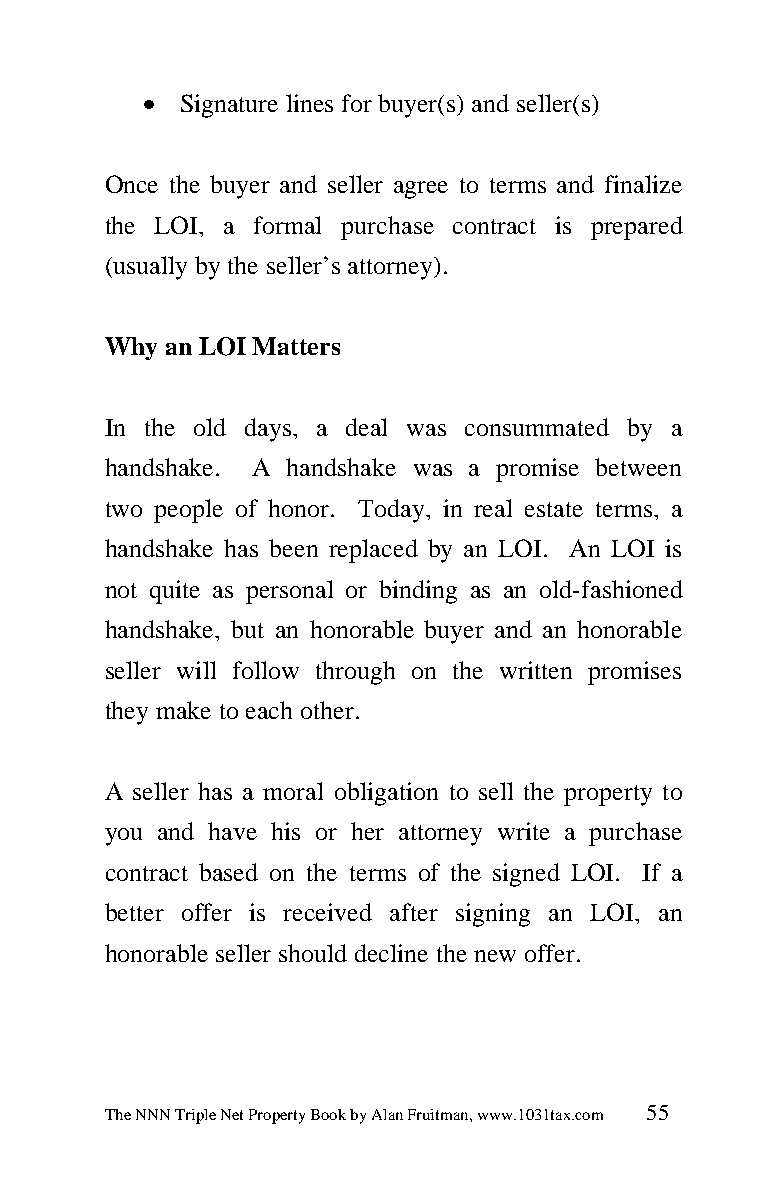
 Signature lines for buyer(s) and seller(s)
 Once the buyer and seller agree to terms and finalize
 the LOI, a formal purchase contract is prepared
 (usually by the seller’s attorney).
 Why an LOI Matters
 In the old days, a deal was consummated by a
 handshake. A handshake was a promise between
 two people of honor. Today, in real estate terms, a
 handshake has been replaced by an LOI. An LOI is
 not quite as personal or binding as an old-fashioned
 handshake, but an honorable buyer and an honorable
 seller will follow through on the written promises
 they make to each other.
 A seller has a moral obligation to sell the property to
 you and have his or her attorney write a purchase
 contract based on the terms of the signed LOI. If a
 better offer is received after signing an LOI, an
 honorable seller should decline the new offer.
 The NNN Triple Net Property Book by Alan Fruitman, www.1031tax.com 55